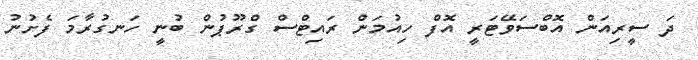
ދަ ސީރިއަން އޮބްސަވޭޓަރީ އޮފް ހިއުމަން ރައިޓްސް ގްރޫޕުން ބުނީ ހަނގުރާމަ ފެށުނު